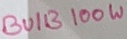
Text: BUIB100W